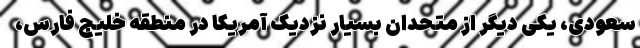
سعودی، یکی دیگر از متحدان بسیار نزدیک آمریکا در منطقه خلیج فارس،